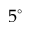
5 ^ { \circ }